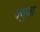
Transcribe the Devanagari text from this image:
क्युजा